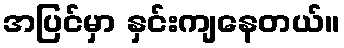
အပြင်မှာ နှင်းကျနေတယ်။